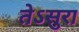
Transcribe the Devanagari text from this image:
तेऽसुरा